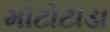
મોટોટાડા